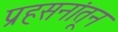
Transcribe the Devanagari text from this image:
प्रहसनांतून